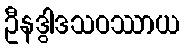
ဦနဒွါဒသဝဿာယ